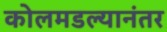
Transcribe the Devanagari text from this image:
कोलमडल्यानंतर